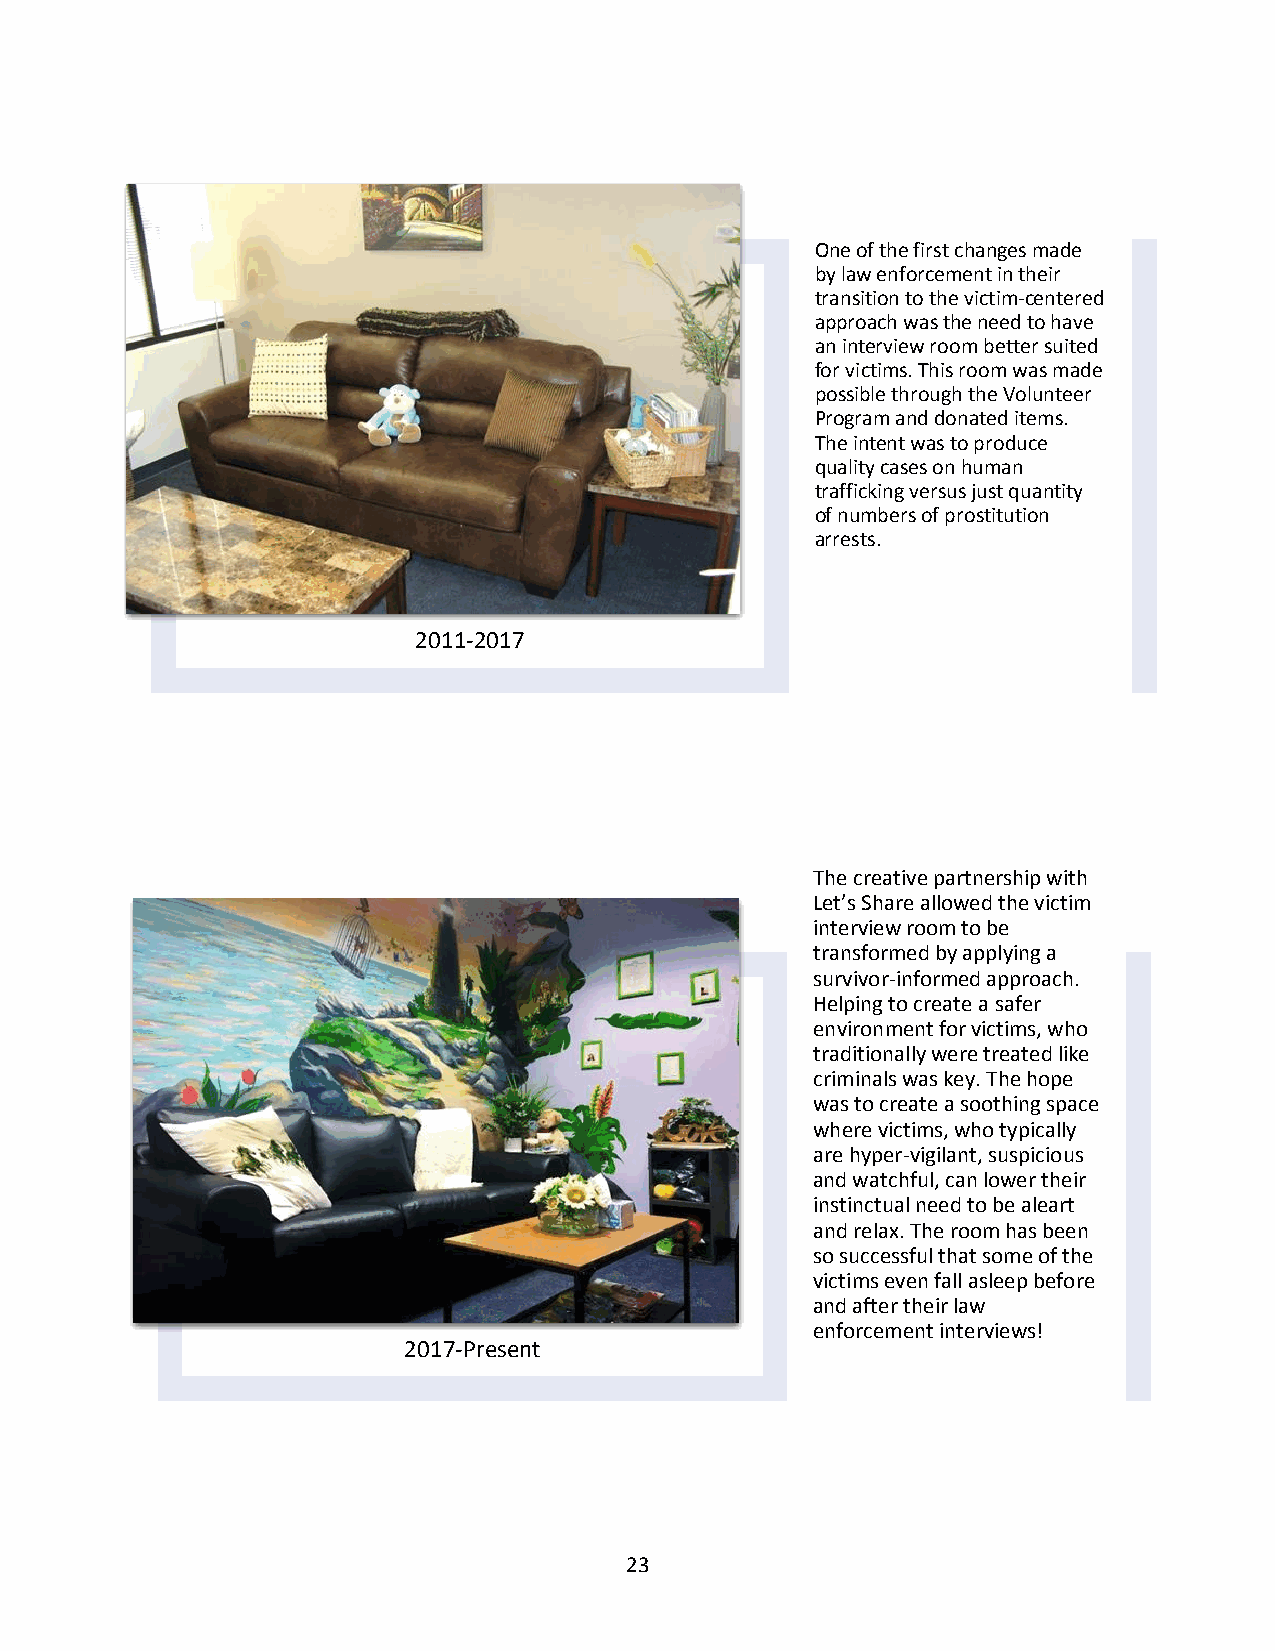
One of the first changes made
 by law enforcement in their
 transition to the victim-centered
 approach was the need to have
 an interview room better suited
 for victims. This room was made
 possible through the Volunteer
 Program and donated items.
 The intent was to produce
 quality cases on human
 trafficking versus just quantity
 of numbers of prostitution
 arrests.
 2011-2017
 The creative partnership with
 Let’s Share allowed the victim
 interview room to be
 transformed by applying a
 survivor-informed approach.
 Helping to create a safer
 environment for victims, who
 traditionally were treated like
 criminals was key. The hope
 was to create a soothing space
 where victims, who typically
 are hyper-vigilant, suspicious
 and watchful, can lower their
 instinctual need to be aleart
 and relax. The room has been
 so successful that some of the
 victims even fall asleep before
 and after their law
 enforcement interviews!
 2017-Present
 23